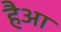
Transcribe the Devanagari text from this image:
हैआ